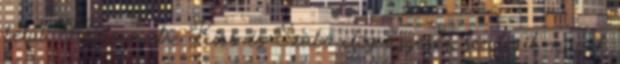
belül. Midenesetre Kiss és Szabó elég ügyesen rendezik maguk